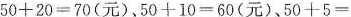
$$5 0 + 2 0 = 7 0$$(元)，$$5 0 + 1 0 = 6 0$$(元)、$$5 0 + 5 =$$